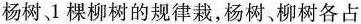
杨树、1棵柳树的规律栽，杨树、柳树各占